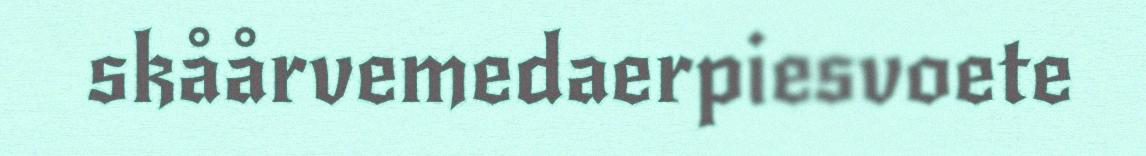
skåårvemedaerpiesvoete